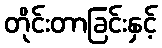
တိုင်းတာခြင်းနှင့်